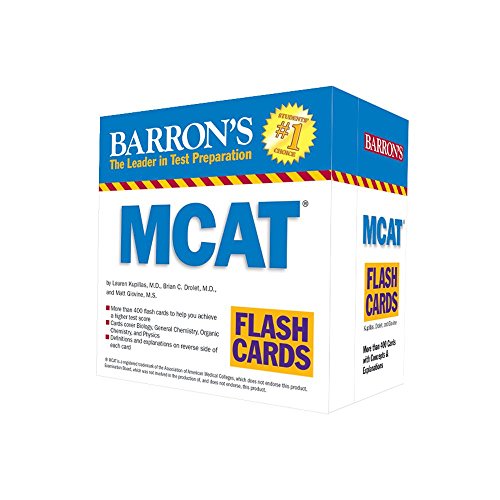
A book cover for Barron's MCAT Flash Cards; Jay B. Cutts M.A.; Test Preparation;